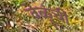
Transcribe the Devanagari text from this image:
वेळूंची